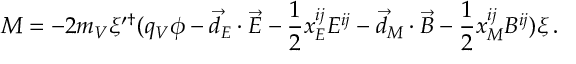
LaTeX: M = - 2 m _ { V } \xi ^ { \prime \dagger } ( q _ { V } \phi - \vec { d } _ { E } \cdot \vec { E } - \frac { 1 } { 2 } x _ { E } ^ { i j } E ^ { i j } - \vec { d } _ { M } \cdot \vec { B } - \frac { 1 } { 2 } x _ { M } ^ { i j } B ^ { i j } ) \xi \, .